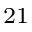
_ { 2 1 }